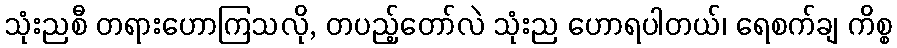
သုံးညစီ တရားဟောကြသလို, တပည့်တော်လဲ သုံးည ဟောရပါတယ်၊ ရေစက်ချ ကိစ္စ